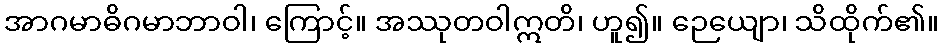
အာဂမာဓိဂမာဘာဝါ၊ ကြောင့်။ အဿုတဝါဣတိ၊ ဟူ၍။ ဉေယျော၊ သိထိုက်၏။